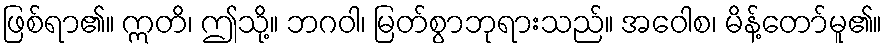
ဖြစ်ရာ၏။ ဣတိ၊ ဤသို့။ ဘဂဝါ၊ မြတ်စွာဘုရားသည်။ အဝေါစ၊ မိန့်တော်မူ၏။